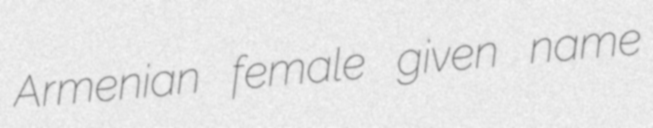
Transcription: Armenian female given name